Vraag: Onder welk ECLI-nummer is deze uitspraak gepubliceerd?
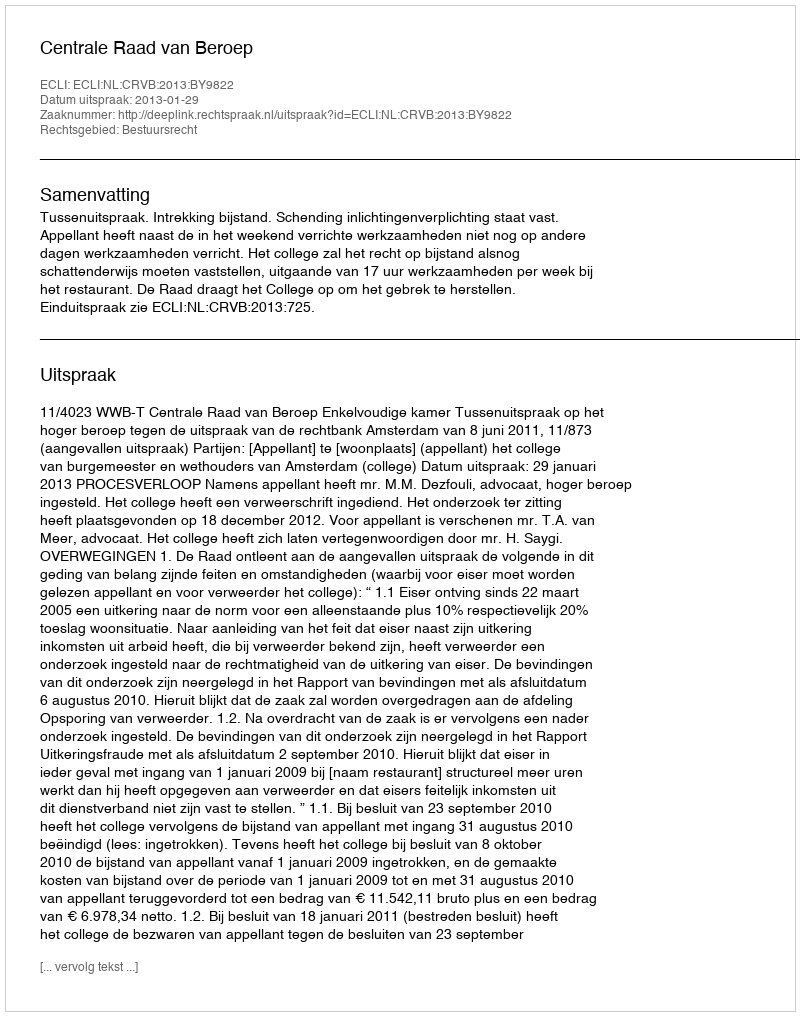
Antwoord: ECLI:NL:CRVB:2013:BY9822